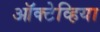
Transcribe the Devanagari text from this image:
ऑक्टेव्हिया